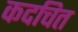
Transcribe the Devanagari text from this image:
कदचित